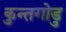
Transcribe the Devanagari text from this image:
कुन्तगोडु